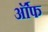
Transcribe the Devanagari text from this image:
र्ऑफ